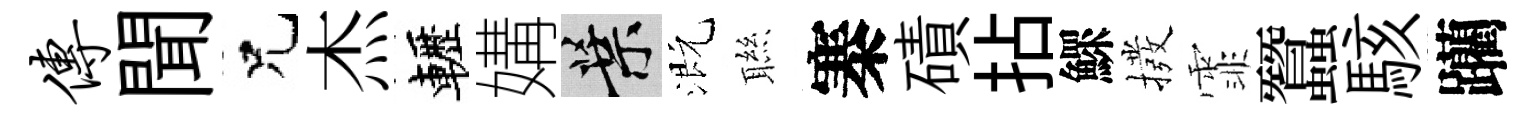
传聞兄杰轣媾葉溉聮寨磧拈鰥撥霏蠶駭躪